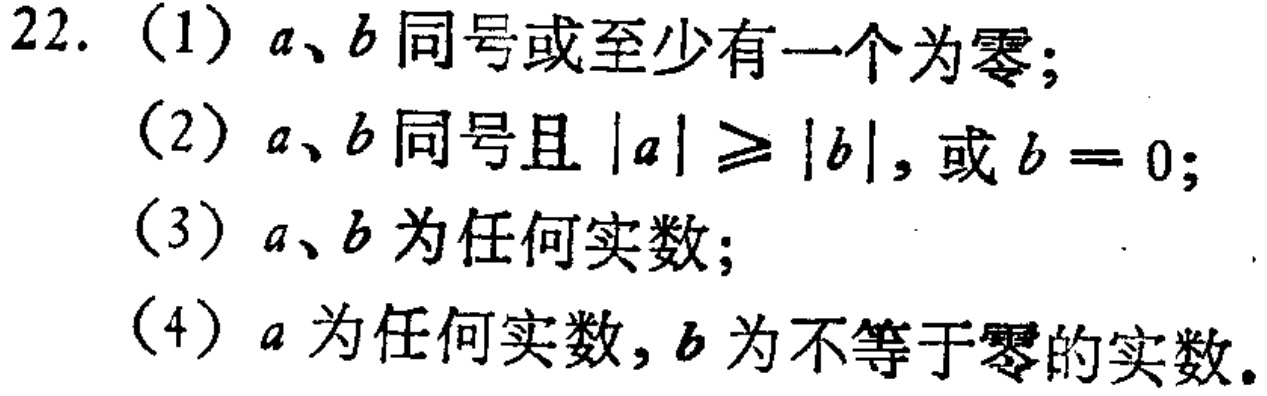
22. (1) \(a\)、\(b\) 同号或至少有一个为零；

(2) \(a\)、\(b\) 同号且 \(|a|\geq|b|\)，或 \(b = 0\)；

(3) \(a\)、\(b\) 为任何实数；

(4) \(a\) 为任何实数，\(b\) 为不等于零的实数。